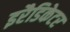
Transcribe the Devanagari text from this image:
इरैडिकेटर